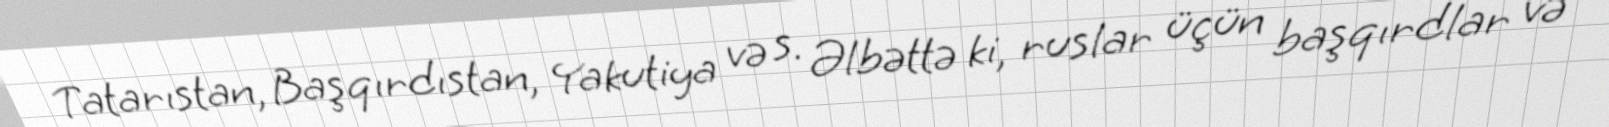
Tatarıstan, Başqırdıstan, Yakutiya və s. Əlbəttə ki, ruslar üçün başqırdlar və